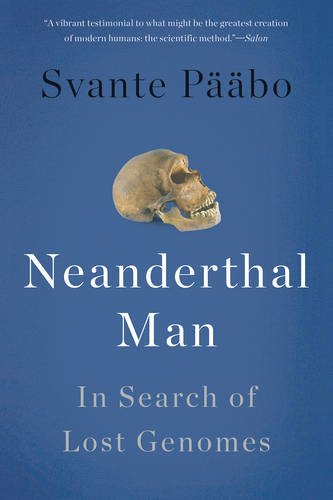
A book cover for Neanderthal Man: In Search of Lost Genomes; Svante PÃ¤Ã¤bo; Medical Books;